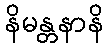
နိမန္တနာနိ